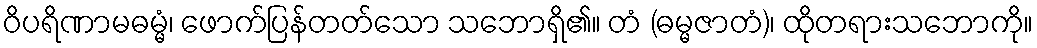
ဝိပရိဏာမဓမ္မံ၊ ဖောက်ပြန်တတ်သော သဘောရှိ၏။ တံ (ဓမ္မဇာတံ)၊ ထိုတရားသဘောကို။